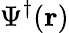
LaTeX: \Psi^{\dagger}(\mathbf{r})